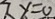
7 y = 0